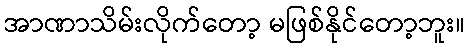
အာဏာသိမ်းလိုက်တော့ မဖြစ်နိုင်တော့ဘူး။